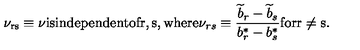
\mathrm { \nu _ { r s } \equiv \nu i s i n d e p e n d e n t o f r , s , w h e r e } \nu _ { r s } \equiv { \frac { { \widetilde b } _ { r } - { \widetilde b } _ { s } } { b _ { r } ^ { * } - b _ { s } ^ { * } } } \mathrm { f o r r \not = s . }